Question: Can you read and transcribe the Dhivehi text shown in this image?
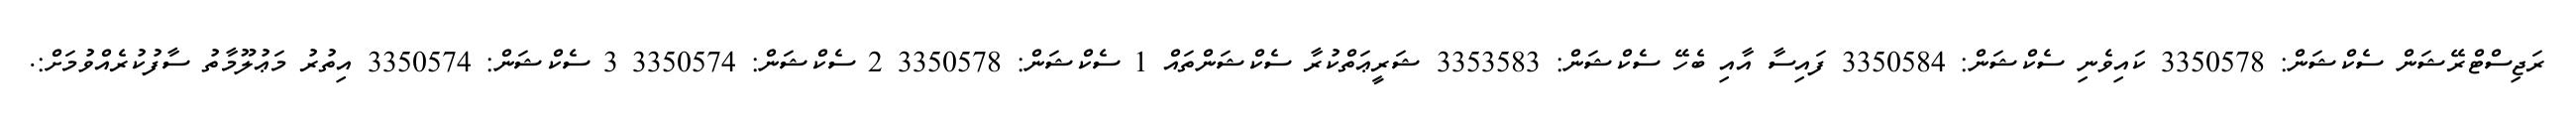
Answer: ރަޖިސްޓްރޭޝަން ސެކްޝަން: 3350578 ކައިވެނި ސެކްޝަން: 3350584 ފައިސާ އާއި ބެހޭ ސެކްޝަން: 3353583 ޝަރީޢަތްކުރާ ސެކްޝަންތައް 1 ސެކްޝަން: 3350578 2 ސެކްޝަން: 3350574 3 ސެކްޝަން: 3350574 އިތުރު މަޢުލޫމާތު ސާފުކުރެއްވުމަށް:.